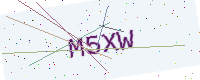
Text: M5XW